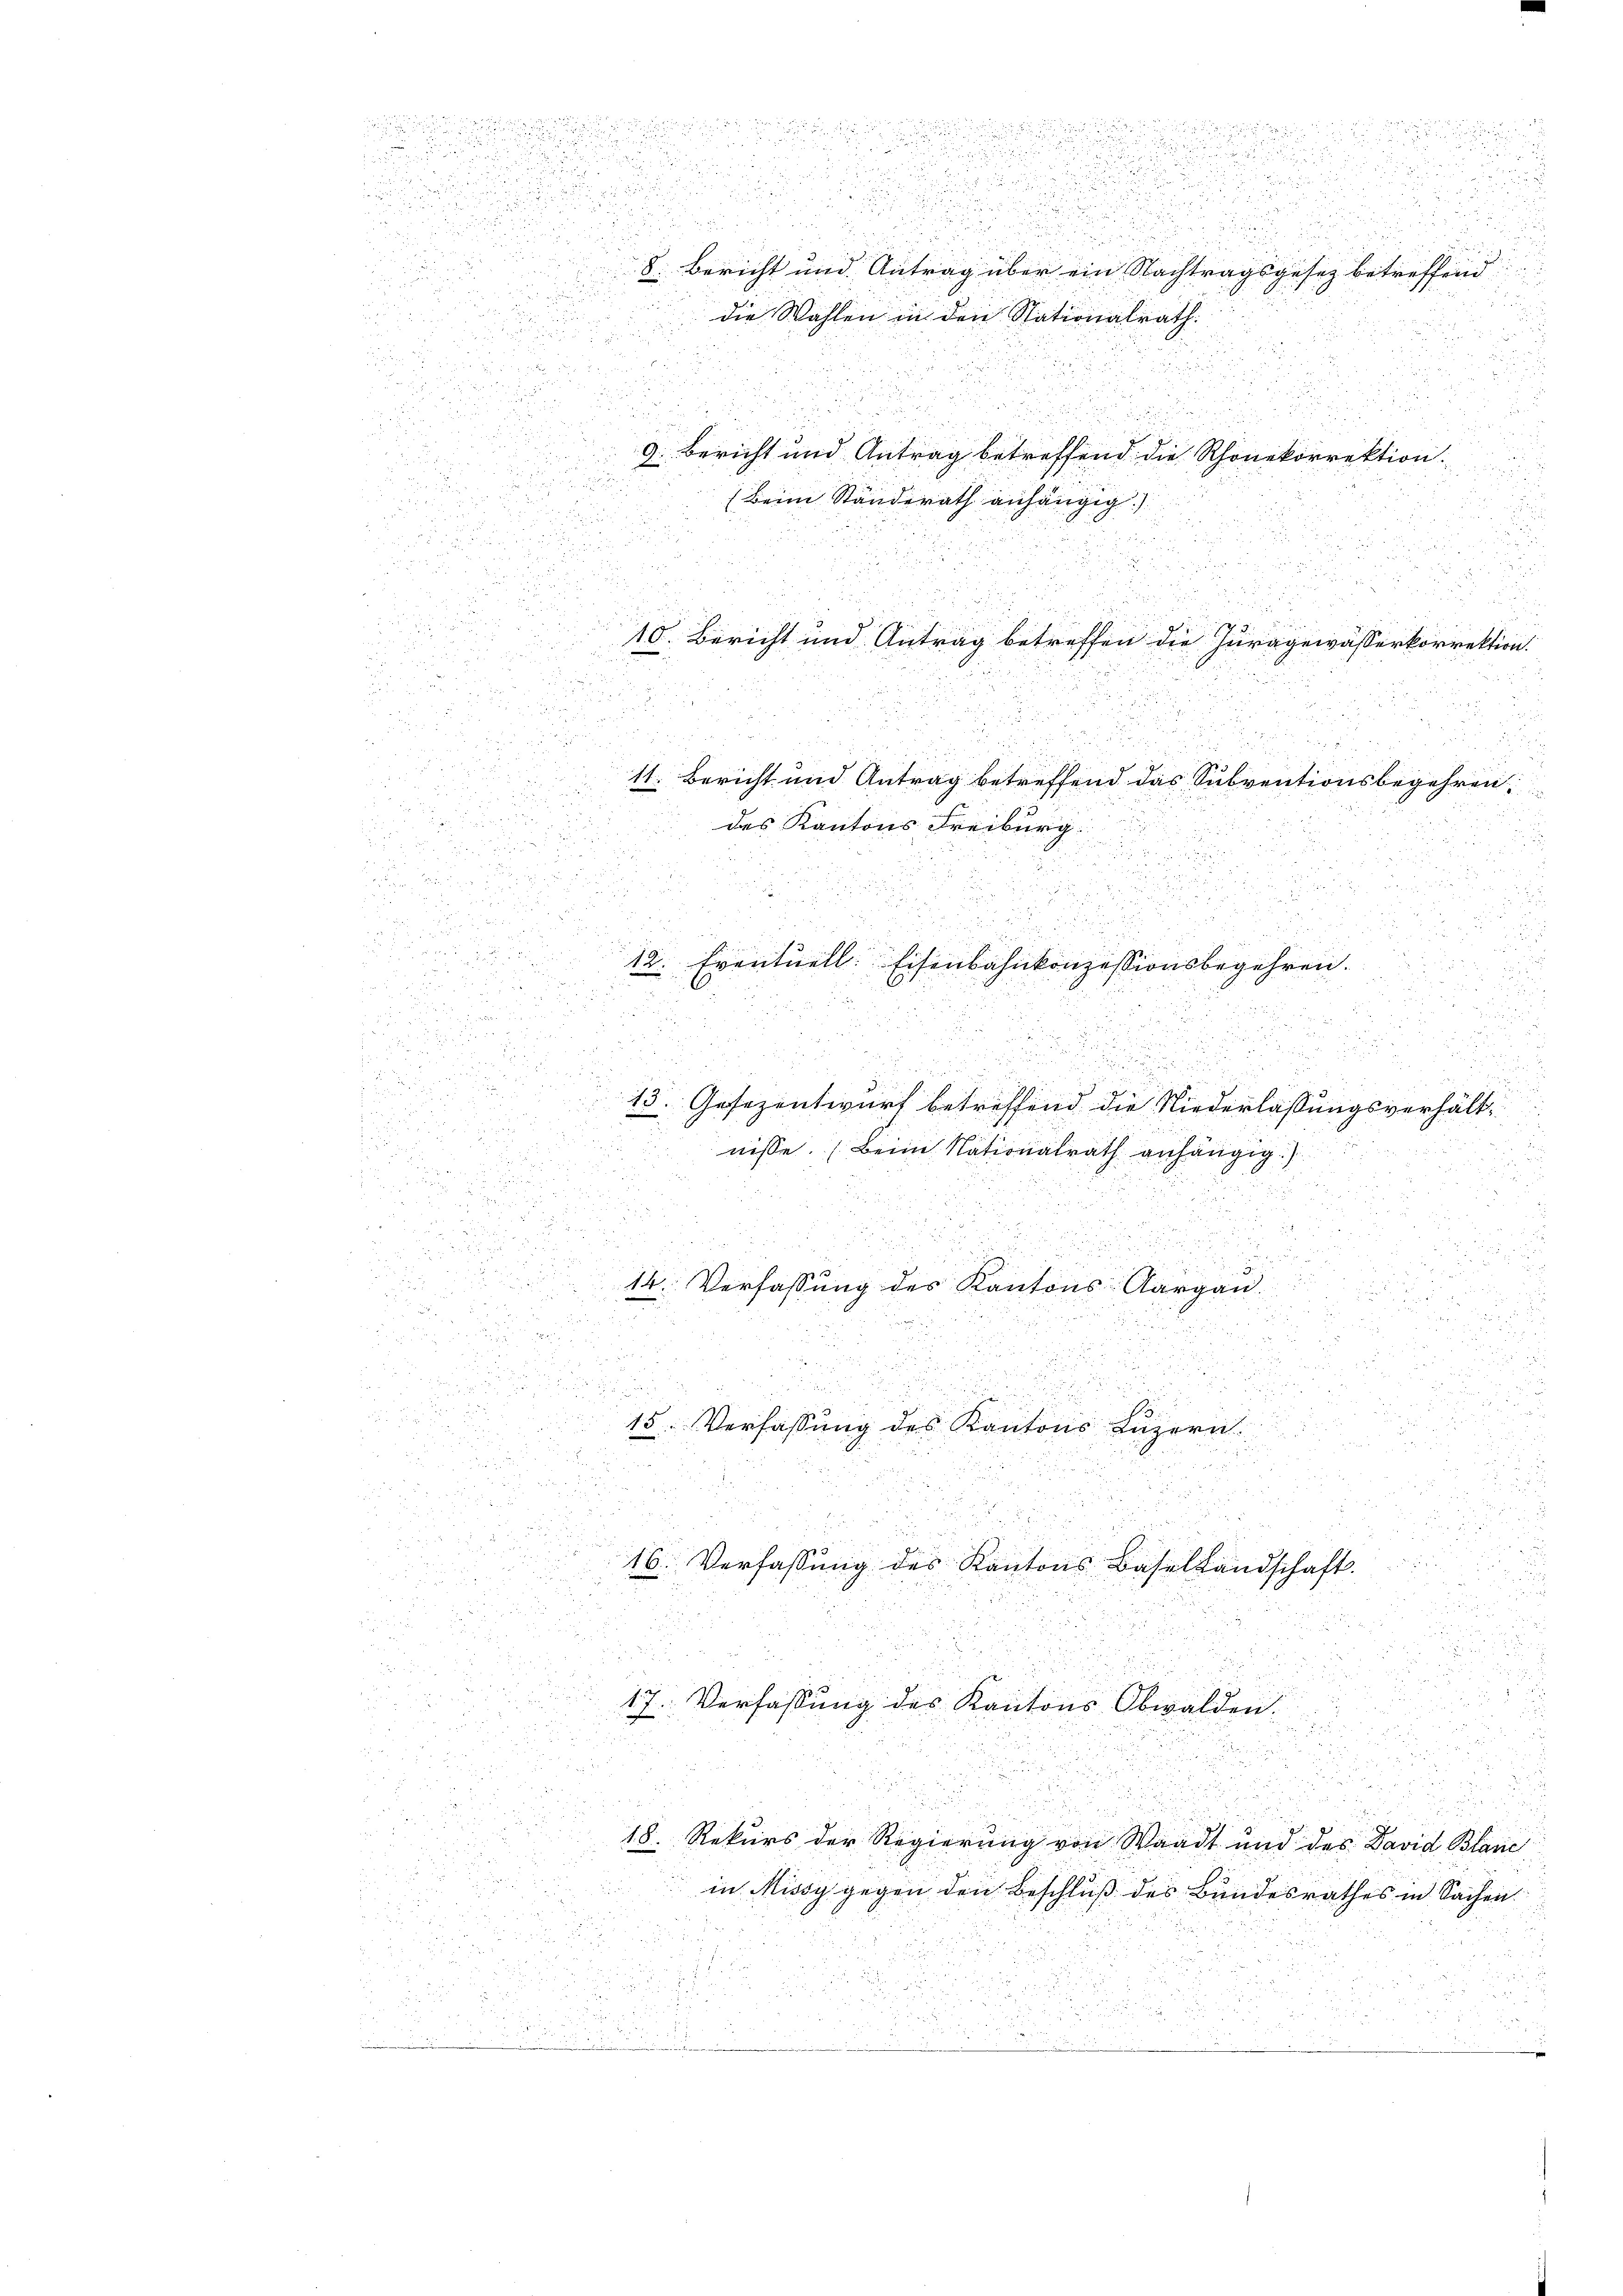
23
e

e

und
u
 der

2

.
u

2

d

.
 xx

x
d
9: Bericht und Antrag betreffend die Rhonekorrektion.
dchen

Beim Standerath anhängig.)
 xxx
2

5
e
 0 x
d

x
u
5
a
.
.
2
n
.

2
g

.
10. Bericht und Antrag betreffen die Juragewasserkorrektion

2x

.
 22

u
 .
  xx
g

11. Bericht und Antrag betreffend das Inbrentionsbegehren,
 225 f

das Kantons Freiburg
2 x
.

22.

i
 xx
B 27

A

15
Eventuell Eisenbahnkonzessionsbegehren.

5

5

n

13. Gesezentwurf betreffend die Niederlassungsverhält¬
5
u

nisse. (Beim Nationalrath anhängig.)

u

 2

 f 0 x
 521

.
d
u

2 § 288
 55 x
.

s
2
14 Verfassung des Kantons Aargau
e
 vom 10

s
.

 2 x
20
.
.

2

23

ga
.

2

15.Verfassung des Kantons Luzern

a
de
2 f 0 x
 5

5

.
2

.
2

F
723
u
a

20. 2
16. Verfaßung des Kantons Basellandschaft
e

553
i

5
a
5

.
17. Verfassung des Kantons Obwalden.
.
 189
i

 f 0 x
18. Rekurs der Regierung von Waadt und des David Blanc
in Missy gegen den Beschluß des Bundesrathes in Sachen

u

.

u

u

u

 .

r
8. Bericht und Antrag über ein Nachtragsgesez betreffend
die Wahlen in den Stationalrath.